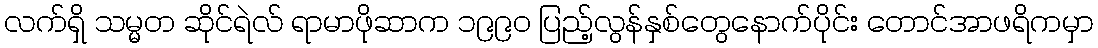
လက်ရှိ သမ္မတ ဆိုင်ရဲလ် ရာမာဖိုဆာက ၁၉၉၀ ပြည့်လွန်နှစ်တွေနောက်ပိုင်း တောင်အာဖရိကမှာ